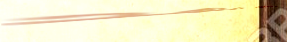
مدخل الملك فهد